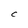
Character: C